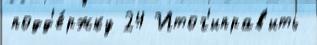
подд'е́ржку 24 Итог'иправ'ить